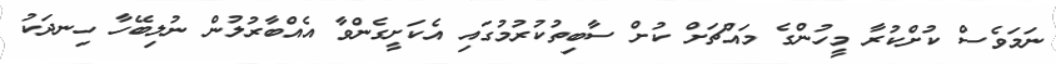
ނަމަވެސް ކުށްކުރާ މީހުންގެ މައްޗަށް ކުށް ސާބިތުކުރުމުގައި އެކަށީގެންވާ އެއްބާރުލުން ނުލިބޭހާ ހިނދަކު